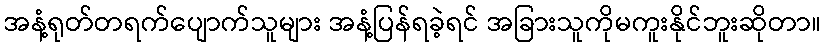
အနံ့ရုတ်တရက်ပျောက်သူများ အနံ့ပြန်ရခဲ့ရင် အခြားသူကိုမကူးနိုင်ဘူးဆိုတာ။